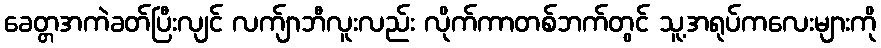
ခေတ္တအကဲခတ်ပြီးလျင် လက်ျာဘီလူးလည်း လိုက်ကာတစ်ဘက်တွင် သူ့အရုပ်ကလေးများကို